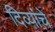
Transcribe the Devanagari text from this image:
दिव्यांचे